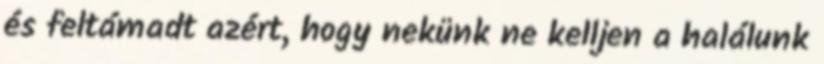
és feltámadt azért, hogy nekünk ne kelljen a halálunk